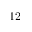
1 2